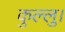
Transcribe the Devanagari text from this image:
कुल्‍लु।